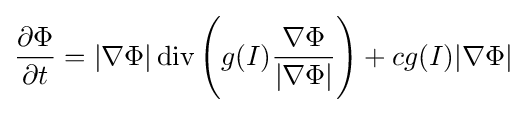
{\frac {\partial \Phi }{\partial t}}=|\nabla \Phi |\operatorname {div} {\Bigg (}g(I){\frac {\nabla \Phi }{|\nabla \Phi |}}{\Bigg )}+cg(I)|\nabla \Phi |